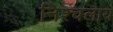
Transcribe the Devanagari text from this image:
निश्चलाय